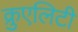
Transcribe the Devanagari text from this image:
क्रुएलिटी